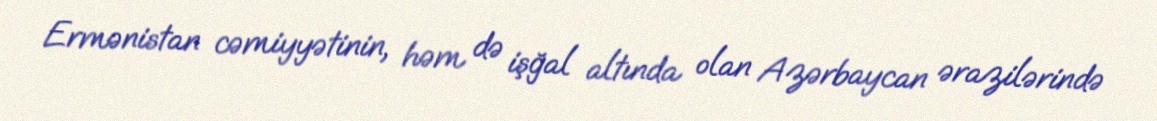
Ermənistan cəmiyyətinin, həm də işğal altında olan Azərbaycan ərazilərində